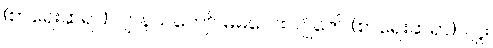
(စာရေးဆရာ)၊ ဂျာနယ်ကျော် မမလေး၊ ဂျိုဇော် (စာရေးဆရာ)၊ ဂျူး